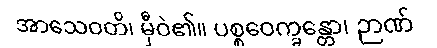
အာသေဝတိ၊ မှီဝဲ၏။ ပစ္စဝေက္ခန္တော၊ ဉာဏ်